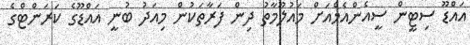
އައްޑޫ ސިޓީން ސީއެންއެމްއަށް މައުލޫމާތު ދިން ފަރާތަކުން މިއަދު ބުނީ އައްޑޫގެ ކަރަންޓްގެ